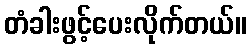
တံခါးဖွင့်ပေးလိုက်တယ်။